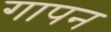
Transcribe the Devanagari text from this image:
गापन